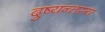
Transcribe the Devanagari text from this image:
दुष्यन्तस्य